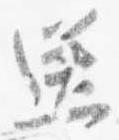
送